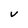
Character: v